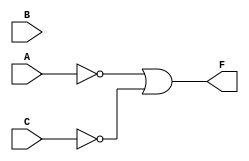
module Example_Circuit2 (A,B,C,F);
input A,B,C;
wire w1,w2;
output F;

not G1 (w1,A);
not G2 (w2,C);
or G3 (F,w1,w2);

endmodule